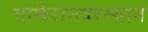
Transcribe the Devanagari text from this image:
माथेरानदरम्यान